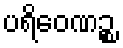
ပရိဝေဏဉ္စ